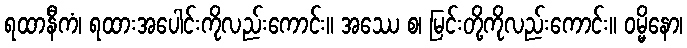
ရထာနီကံ၊ ရထားအပေါင်းကိုလည်းကောင်း။ အဿေ စ၊ မြင်းတို့ကိုလည်းကောင်း။ ဝမ္မိနော၊